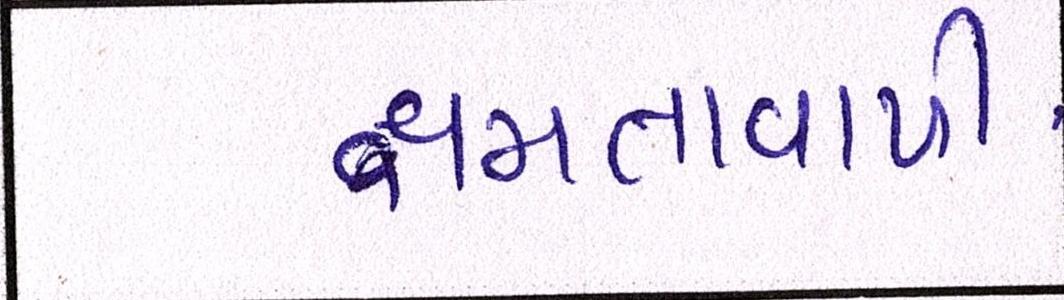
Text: ક્ષમતાવાળી